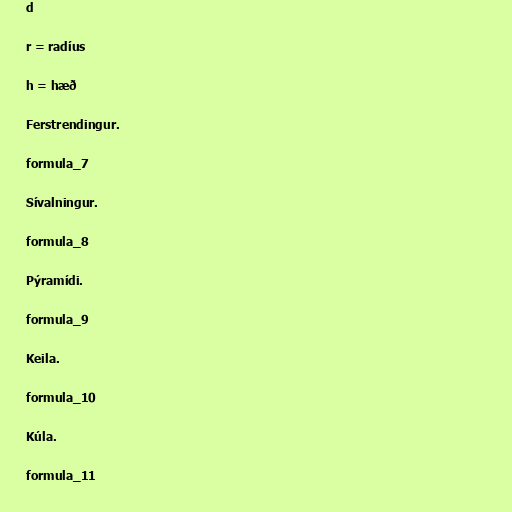
d

r = radíus

h = hæð

Ferstrendingur.

formula_7

Sívalningur.

formula_8

Pýramídi.

formula_9

Keila.

formula_10

Kúla.

formula_11